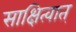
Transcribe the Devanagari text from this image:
साक्षित्वात्